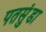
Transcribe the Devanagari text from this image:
पतसुंडा